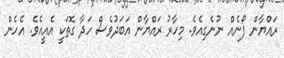
ރައްޔާން ފޯނެއް ނުނެގިއެވެ. މިހާރު ރައްޔާން އަބަދުވެސް ހަދާ ގޮތަކީ އެއީއެވެ. އެެހެން